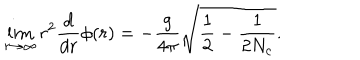
LaTeX: \lim _ { r \to \infty } r ^ { 2 } \frac { d } { d r } \phi ( r ) = - \frac { g } { 4 \pi } \sqrt { \frac { 1 } { 2 } - \frac { 1 } { 2 N _ { c } } } .